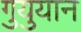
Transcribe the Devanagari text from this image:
गुयुयान